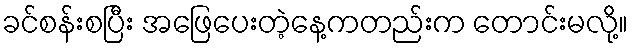
ခင်စန်းစပြီး အဖြေပေးတဲ့နေ့ကတည်းက တောင်းမလို့။